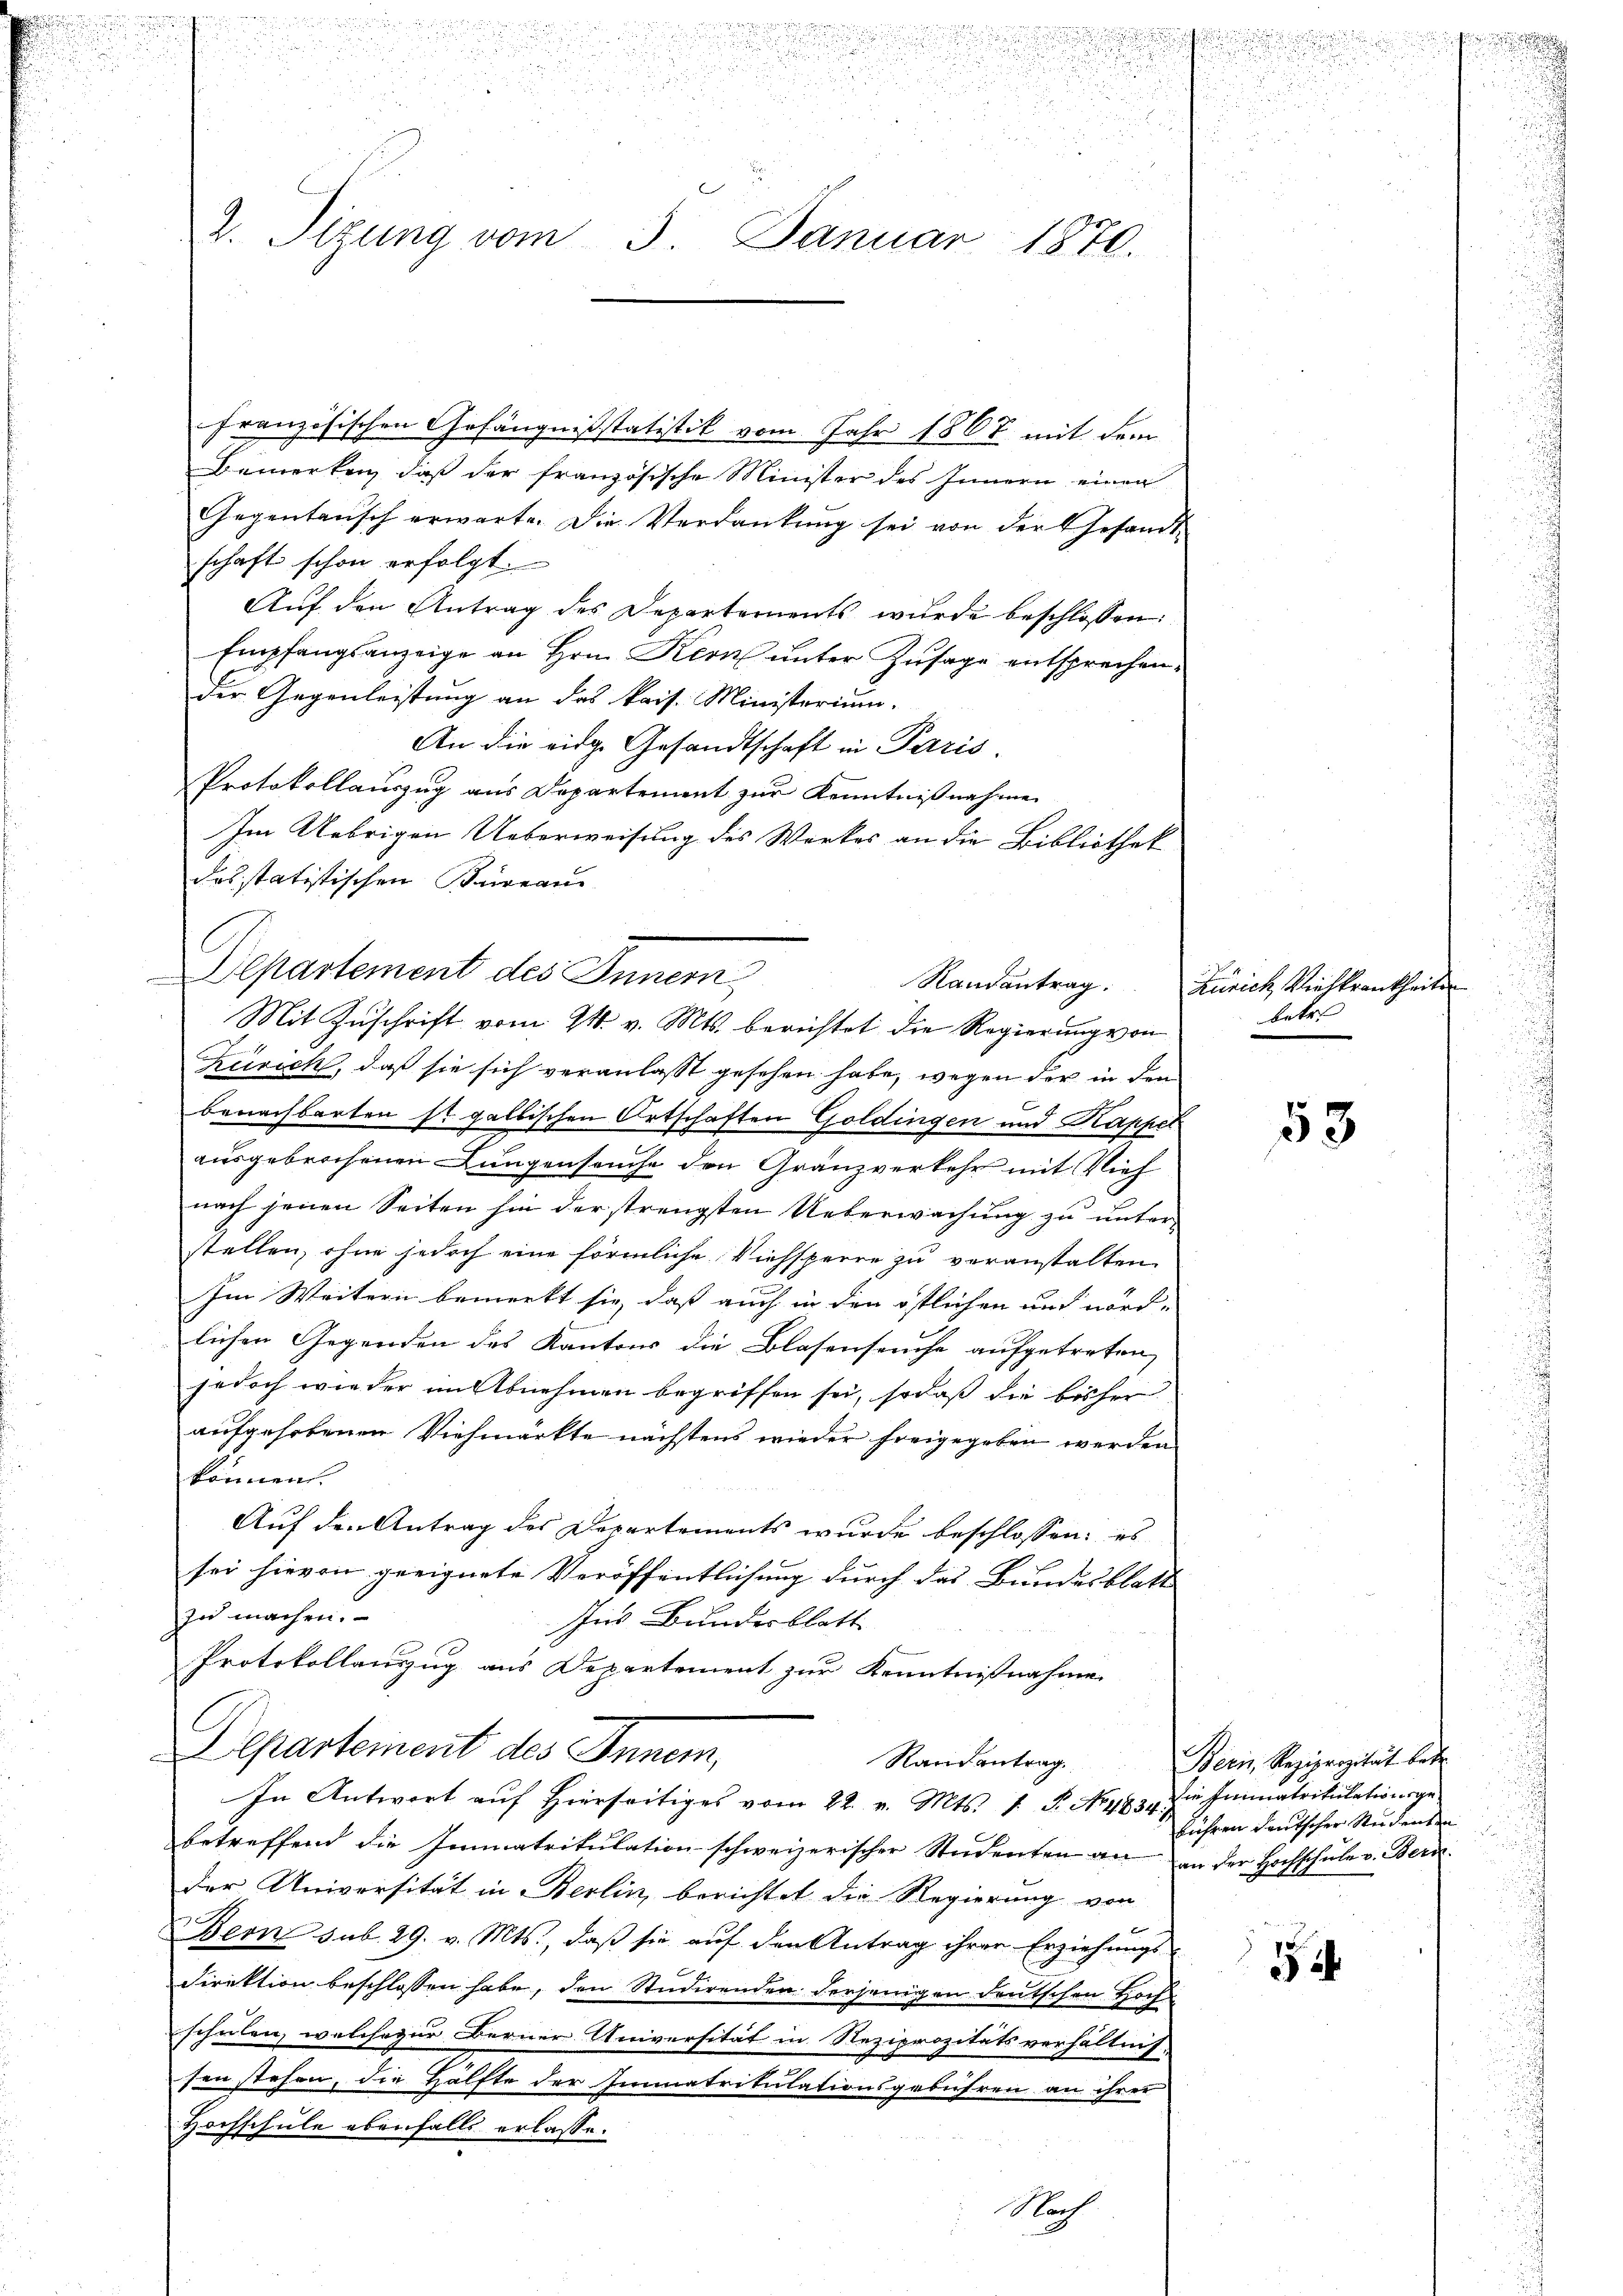
S

u
.

französischen Gefängnißstatistik vom Jahr 1868 mit dem
Bemerken, daß der französische Minister des Innern einen
Gegentansch erwarte. Die Verdankung sei von der Gesandtschaft schon erfolgt.
Auf den Antrag des Departements wurde beschlossen:
Empfangsanzeige an Hrn. Kern unter Zusage entsprechen.
der Gegenleistung an das kais. Ministerium.
An die eige Gesandtschaft in Paris.
Protokollauszug aus Departement zur Kenntnißnahme
Im Uebrigen Ueberweisung des Werkes an die Bibliothek
dos statistischen Bureau
Departement des Inner,
Mit Zuschrift vom 24. v. Mts. berichtet die Regierung von
Zürich, daß sie sich veranlasst gesehen habe, wegen der in den
benachbarten sr galbischen Ortschaften Goldingen und Kappel
ausgebrochenen Lungenseuche den Gränzverkehr mit Vieh
nach jenen Seiten hin der strengsten Unterwachung zu unter-
stellen, ohne jedoch eine förmliche Viehsperre zu veranstalten
Im Weitern bemerkt sie, dass auch in den östlichen und nörd- |
lichen Gegenden des Kantons die Blasenseuche aufgetreten,
jedoch wieder im Abnehmen begriffen sei, sodaß die bisher
aufgehobenen Viehmärkte nächstens wieder freigegeben werden
können.
Auf den Antrag des Departements wurde beschlossen: es
sei hievon geeignete Veröffentlichung durch das Bundesblatt
zu machen.
Ins Bundesblatt
Protokollauszug aus Departement zur Kenntnißnahme
Departement des Innern,
Randantrag
In Antwort auf Hierseitiges vom 22. v. Mts. v. P. Nr. 483. Die Immatrikulationsge-
betreffend die Immatrikulation schweizerischer Studenten an an der Hochschule v. Bern
der Universität in Berlin, berichtet die Regierung von
Bern sub. 29. v. Mts., daß sie auf den Antrag ihrer Erziehungs-
Direktion beschlossen habe, den Studirenden derjenigen deutschen Hoch
schulen, welche zur Berner Universität in Reziprozitätsverhältnis-
sen stehen, die Hälfte der Immatritulationsgebühren an ihrer
Hochschule ebenfalls erlasse.
Nach

min, und den werden, ein

d
i

5
.
d
i
5
2. Sizung vom 3. Januar 1870.

.

s
.

2

Randantrag. Zürich Riehkrankheits
betr.

53

Bern, Reziprozität betr
führen deutscher Studenten